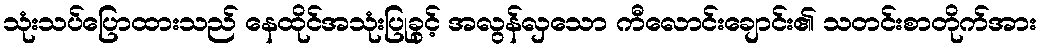
သုံးသပ်ပြောထားသည် နေထိုင်အသုံးပြုခွင့် အလွန်လှသော ကီလောင်းချောင်း၏ သတင်းစာတိုက်အား